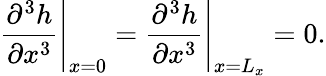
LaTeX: \left.\frac{\partial^{3}h}{\partial x^{3}}\right|_{x=0}=\left.\frac{\partial^{3}h}{\partial x^{3}}\right|_{x=L_{x}}=0.